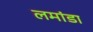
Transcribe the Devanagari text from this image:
लमांडा